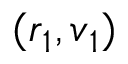
( \boldsymbol { r } _ { 1 } , \boldsymbol { v } _ { 1 } )